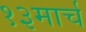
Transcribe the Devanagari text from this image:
१३मार्च